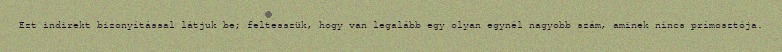
Ezt indirekt bizonyítással látjuk be; feltesszük, hogy van legalább egy olyan egynél nagyobb szám, aminek nincs prímosztója.